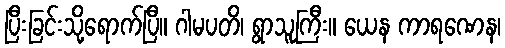
ပြီးခြင်းသို့ရောက်ပြီ။ ဂါမပတိ၊ ရွာသူကြီး။ ယေန ကာရဏေန၊